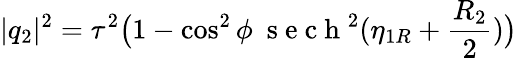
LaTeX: \lvert q_{2}\rvert^{2}=\tau^{2}\big(1-\cos^{2}\phi~\mathrm{~s~e~c~h~}^{2}(\eta_{1R}+\frac{R_{2}}{2})\big)